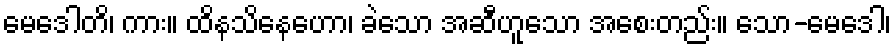
မေဒေါတိ၊ ကား။ ထိနသိနေဟော၊ ခဲသော အဆီဟူသော အစေးတည်း။ သော-မေဒေါ၊